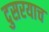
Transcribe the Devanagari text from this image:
दुसरयाच